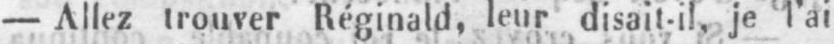
- Allez trouver Réginald, leur disait-il, je l’ai